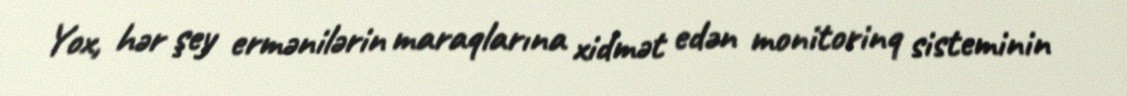
Yox, hər şey ermənilərin maraqlarına xidmət edən monitorinq sisteminin